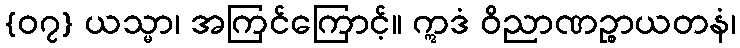
{၀၇} ယသ္မာ၊ အကြင်ကြောင့်။ ဣဒံ ဝိညာဏဉ္စာယတနံ၊